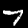
Digit: 7